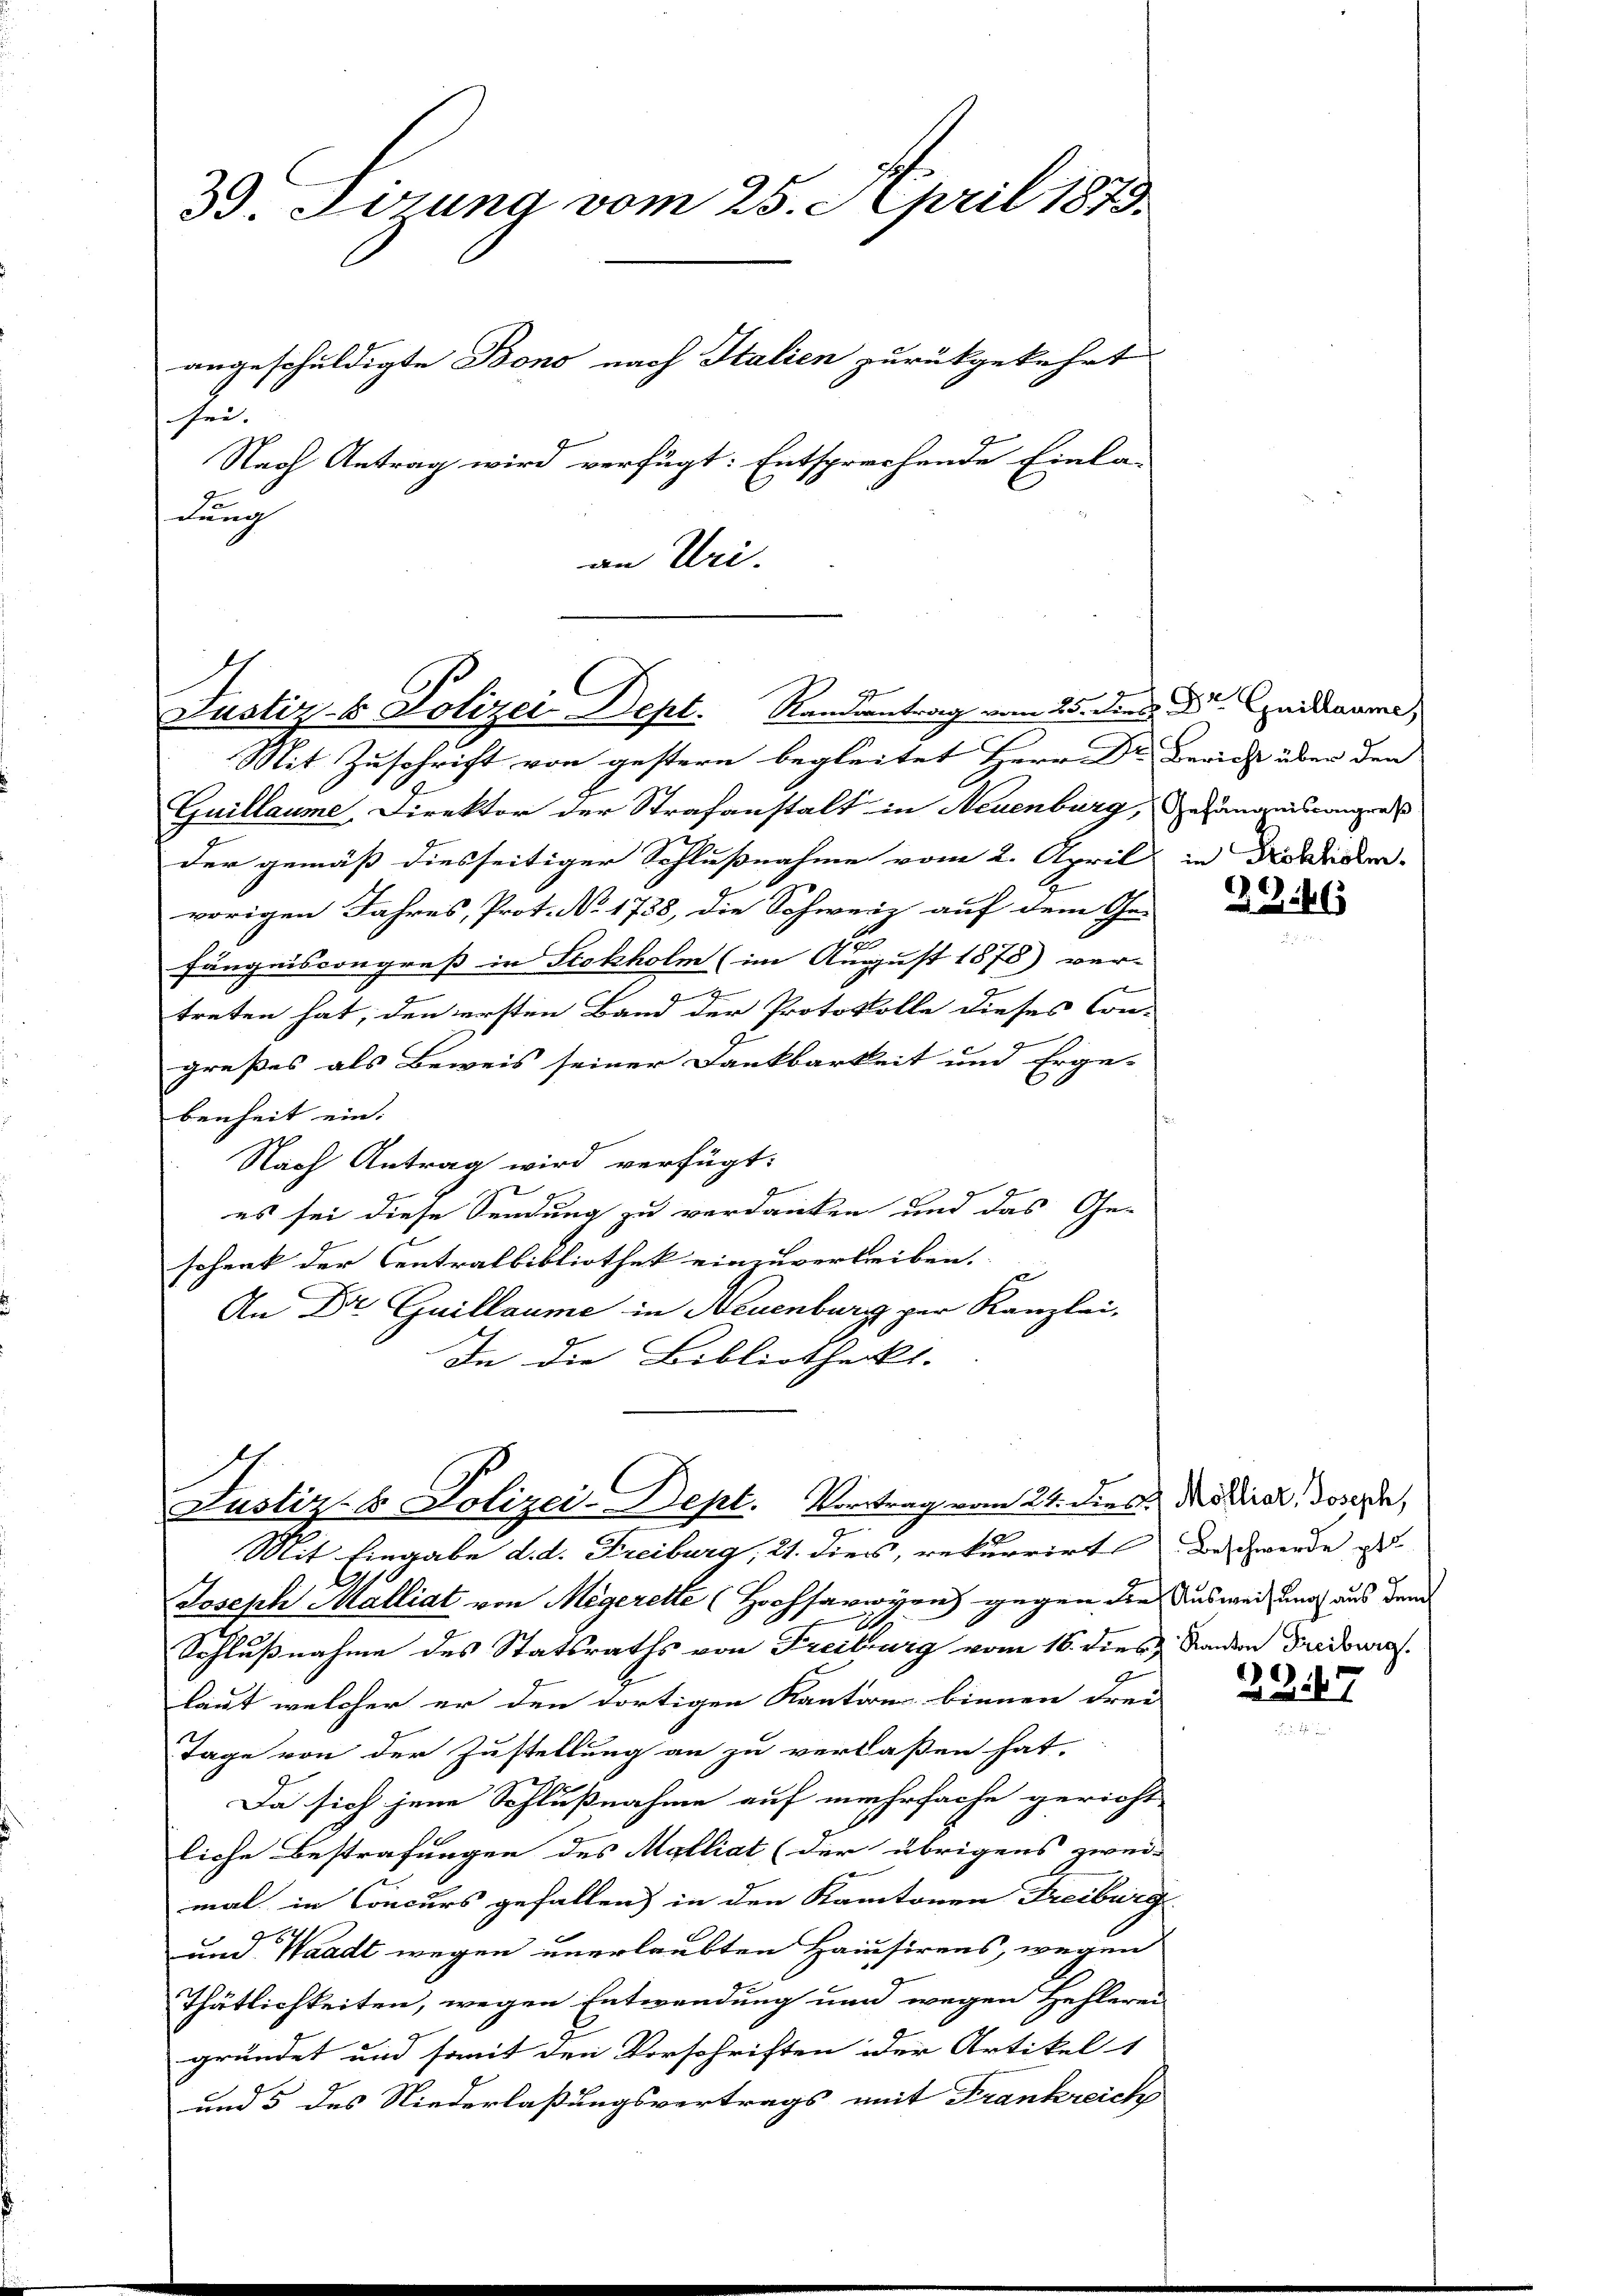
3. Wozung vom 25. April 1879.
angeschuldigte Bono nach Italien zurückgekehrt
sei.
Nach Antrag wird verfügt: Entsprechende Einla-
dung

an Uri.

Justiz- & Polizei Dept. Randsantrag vom 25. die . Dr. quidaurer

Justiz- & Polizei-Dept. Vortrag vom 24. dies. Modiret, dovere,

Mit Zuschrift von gestern begleitet Herr Dr. Bericht über den
Guillaume, Direktor der Strafanstalt in Neuenburg, Gefängnis congreß
der gemäß diesseitiger Schlußnahme vom 2. April in Bilderer
vorigen Jahres, Prot. No. 1738, die Schweiz auf dem Ge-
fängniscongreß in Stokholm (im August 1878) ver-
e
treten hat, den ersten Band der Protokolle dieses Con-
großes als Beweis seiner Dankbarkeit und Erge-
benheit ein:
Nach Antrag wird verfügt:
es sei diese Sendung zu verdanken und das Geschenk der Centralbibliothek einzuvertreiben.
e
An Dr. Guillaume in Neuenburg per Kanzlei,
In die Bibliotheckt.

1
Mit Eingabe d. d. Freiburg, 21. dies, rekurrirte Beschwerde es
Joseph Malliat von Megerette (Hochsarwyen) gegen der Ausweisung aus dem
Schlußnahme des Statsraths von Freiburg vom 16. dies,
laut welcher er den dortigen Kanton binnen drei
Tage von der Zustellung an zu verlaßen hat.
Da sich jene Schlußnahme auf mehrfache gericht
liche Bestrafungen des Malliat (der übrigens zwei-
mal in Concurs gefallen) in den Kantonen Freiburg
und Waadt wegen unerlaubten Hausirens, wegen
Thätlichkeiten, wegen Entwendung und wegen Hehlerei
gründet und somit den Vorschriften der Artikel
und 5 des Niederlaßungsvertrags mit Frankreich

29146

Kanton Freiburg.

23147